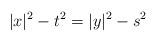
LaTeX: \begin{align*} |x|^2-t^2=|y|^2-s^2 \end{align*}